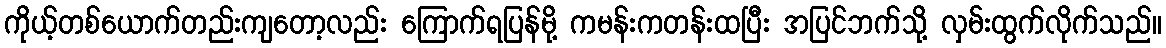
ကိုယ့်တစ်ယောက်တည်းကျတော့လည်း ကြောက်ရပြန်မို့ ကမန်းကတန်းထပြီး အပြင်ဘက်သို့ လှမ်းထွက်လိုက်သည်။